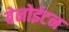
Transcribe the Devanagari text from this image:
बेनोईटन